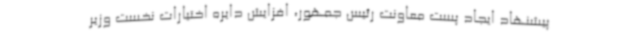
پیشنهاد ایجاد پست معاونت رئیس جمهور، افزایش دایره اختیارات نخست وزیر